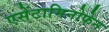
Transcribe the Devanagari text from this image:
एसेंटामिनोफेन